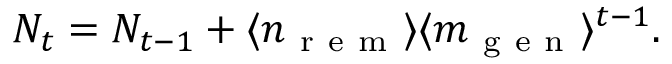
N _ { t } = N _ { t - 1 } + \langle n _ { \mathrm { ~ r ~ e ~ m ~ } } \rangle \langle m _ { \mathrm { ~ g ~ e ~ n ~ } } \rangle ^ { t - 1 } .